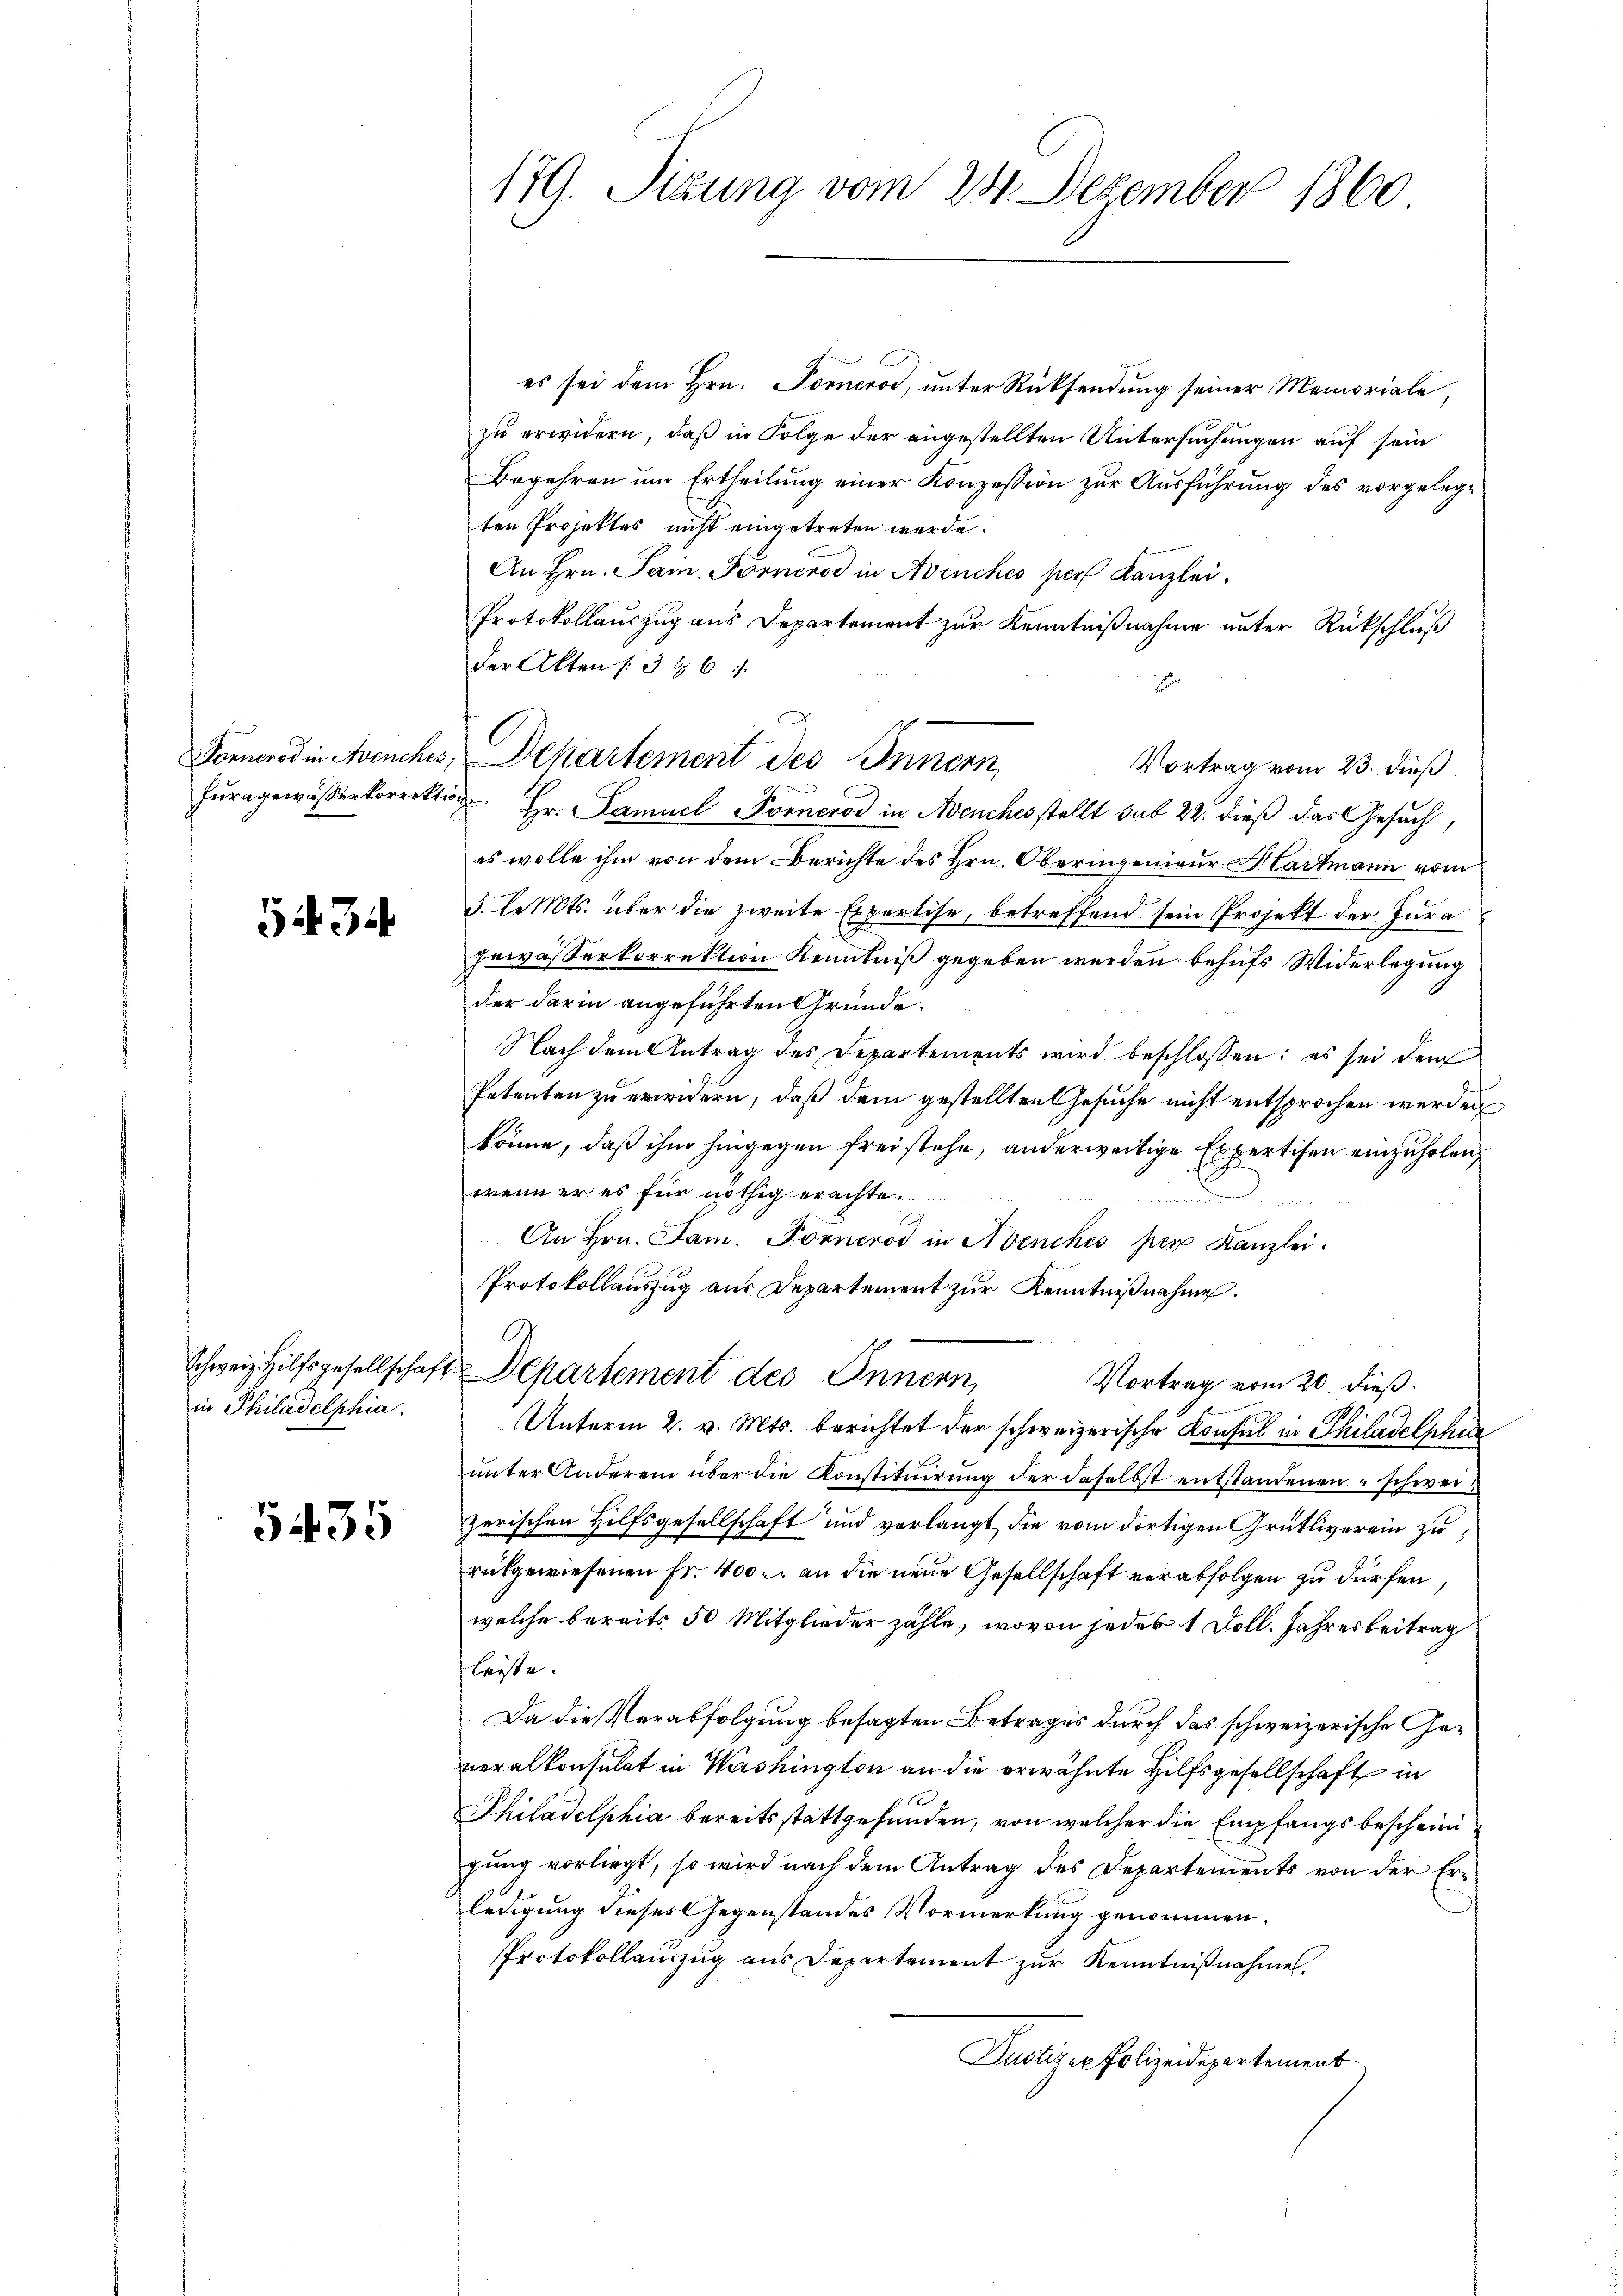
543

in Philadelphia

5435

179. Sitzung vom 24. Dezember 1860

es sei dem Hrn. Fornerod, unter Rücksendung seiner Memoriale,
zu erwidern, daß in Folge der angestellten Untersuchungen auf sein
Begehren um Ertheilung einer Konzession zur Ausführung des vorgelege
ten Projektes nicht eingetreten werde.
An Hrn. Sain. Forneros in Avenches pers Kanzlei.
Protokollauszug aus Departement zur Kenntnißnahme unter Rückschluß
der Akten § 386
Vortrag vom 23. dieß.
huragewässerkorrektion Hr. Samuel Fornerod in Avenches stellt sub 22. dieß das Gesuch,
es wolle ihm von dem Berichte des Hrn. Oberingenieur Hartmann vom
3. l. Mts. über die zweite Expertise, betreffend sein Projekt der Jura
gewässerkorrektion Kenntniß gegeben werden behufs Widerlegung
der darin angeführten Gründe.
Nach dem Antrag des Departements wird beschlossen: es sei dem
Petenten zu erwidern, daß dem gestellten Gesuche nicht entsprochen werden
könne, daß ihm hingegen frei stehe, anderweitige Expertisen einzuholen,
wenn er es für nöthig erachte.
An Hrn. Jam. Pörneros in Avenches per Kanzlei.
Protokollauszug aus Departement zur Kenntnißnahme.
C
Schweiz. Hilfsgesellschaft Departement des Innern,
Vortrag vom 20. dieß.
Unterm 2. v. Mts. berichtet der schweizerische Konsul in Philadelphi
unter Anderem über die Konstituirung der daselbst entstandenen schwerzerischen Hilfsgesellschaft und verlangt, die vom dortigen Grütliverein zu
rükgewiesenen Fr. 400. an die neue Gesellschaft verabfolgen zu dürfen,
welche bereits 50 Mitglieder zähle, wovon jedes 1 Doll. Jahresbeitrag
leiste.
Da die Verabfolgung besagten Betrages durch das schweizerische Geveralkonsulat in Washington an die erwähnte Hilfsgesellschaft in
Philadelphia bereitsstattgefunden, von welcher die Empfangsbescheini
gung vorliegt, so wird nach dem Antrag des Departements von der Erledigung dieses Gegenstandes Vormerkung genommen.
Protokollauszug aus Departement zur Kenntnißnahme.
Justizen Polizeidepartement

Fornerod in Avenches, Departement des Innern,